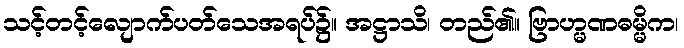
သင့်တင့်လျောက်ပတ်သေအရပ်၌။ အဋ္ဌာသိ၊ တည်၏။ ဗြာဟ္မဏဓမ္မိက၊